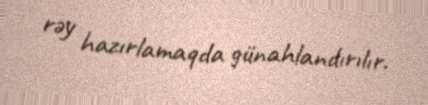
rəy hazırlamaqda günahlandırılır.